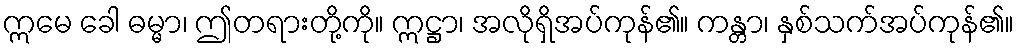
ဣမေ ခေါ ဓမ္မာ၊ ဤတရားတို့ကို။ ဣဋ္ဌာ၊ အလိုရှိအပ်ကုန်၏။ ကန္တာ၊ နှစ်သက်အပ်ကုန်၏။